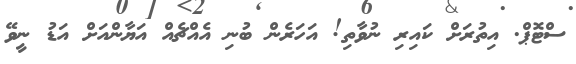
ސްޓޮޕް. އިތުރަށް ކައިރި ނުވާތި! އަހަރެން ބުނި އެއްޗެއް އަޔާންއަށް އަޑު ނީވޭ